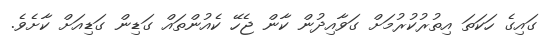
ގައިގެ ހަކަތަ އިތުރުކުރުމަށް ގަވާއިދުން ކާން ޖެހޭ ކެއުންތައް ގަޑިން ގަޑިއަށް ކާށެވެ.